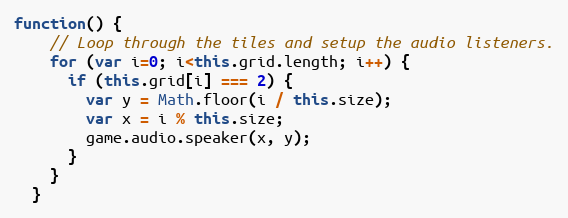
Language: JavaScript
function() {
    // Loop through the tiles and setup the audio listeners.
    for (var i=0; i<this.grid.length; i++) {
      if (this.grid[i] === 2) {
        var y = Math.floor(i / this.size);
        var x = i % this.size;
        game.audio.speaker(x, y);
      }
    }
  }